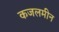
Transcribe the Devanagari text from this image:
कजलमीन